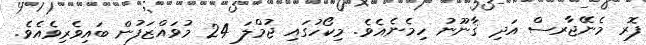
ފޮރ މެނޭޖާރސް އަދި ޤާނޫނު ހިމެނެއެވެ. މިކޯހުގައި ޖުމްލަ 24 މުވައްޒަފުން ބައިވެރިވެއެވެ.